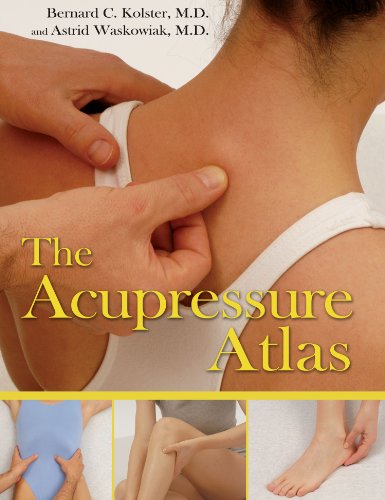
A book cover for The Acupressure Atlas; Bernard C. Kolster M.D.; Health, Fitness & Dieting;